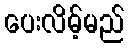
ပေးလိမ့်မည်